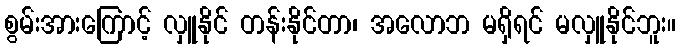
စွမ်းအားကြောင့် လှူနိုင် တန်းနိုင်တာ၊ အလောဘ မရှိရင် မလှူနိုင်ဘူး။